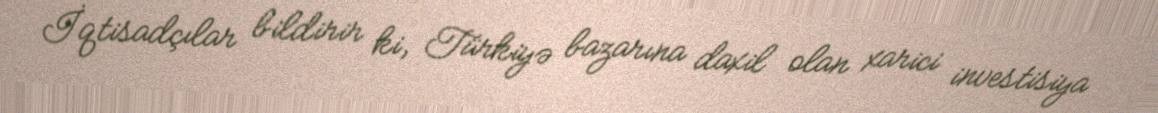
İqtisadçılar bildirir ki, Türkiyə bazarına daxil olan xarici investisiya